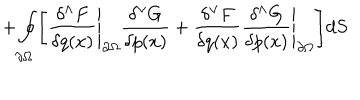
+ \oint _ { \partial { \Omega } } \Biggl [ { \frac { \delta ^ { \wedge } F } { \delta q ( x ) } } \Bigg \vert _ { \partial { \Omega } } { \frac { \delta ^ { \vee } G } { \delta p ( x ) } } + { \frac { \delta ^ { \vee } F } { \delta q ( x ) } } { \frac { \delta ^ { \wedge } G } { \delta p ( x ) } } \Bigg \vert _ { \partial { \Omega } } \Biggr ] d S